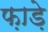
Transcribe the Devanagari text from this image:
फ़ाड़े